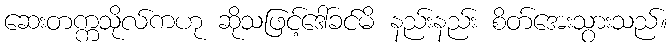
ဆေးတက္ကသိုလ်ကဟု ဆိုသဖြင့်ဒေါ်ခင်မိ နည်းနည်း စိတ်အေးသွားသည်။